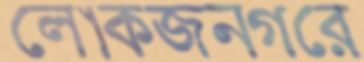
লোকজনগরে